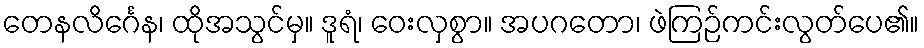
တေနလိင်္ဂေန၊ ထိုအသွင်မှ။ ဒူရံ၊ ဝေးလှစွာ။ အပဂတော၊ ဖဲကြဉ်ကင်းလွတ်ပေ၏။